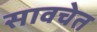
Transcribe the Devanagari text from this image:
सावचेत